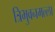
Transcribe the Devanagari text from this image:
त्रिभुवनमल्‍ला